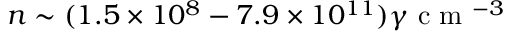
n \sim ( 1 . 5 \times 1 0 ^ { 8 } - 7 . 9 \times 1 0 ^ { 1 1 } ) \gamma \mathrm { ~ c ~ m ~ } ^ { - 3 }